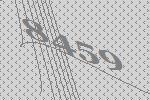
8459